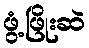
ဖွံ့ဖြိုးဆဲ